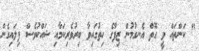
" ކަންތައް ވީ ގޮތް އެނގުމުން ޒިފާގެ ހިތުގައިވާ ބިރުވެރިކަމާއި ޝައްކުވެސް ފިލައިގެން